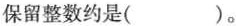
保留整数约是( )。